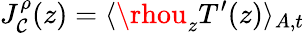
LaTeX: J_{\mathcal{C}}^{\rho}(z)=\langle\rhou_{z}T^{\prime}(z)\rangle_{A,t}